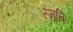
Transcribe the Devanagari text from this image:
स्मृतिः